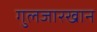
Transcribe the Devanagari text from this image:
गुलजारखान